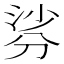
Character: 𭃹